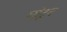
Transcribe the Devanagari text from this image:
घोटून